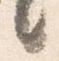
言